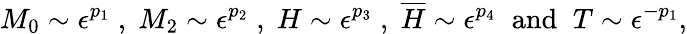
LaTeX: M_{0}\sim\epsilon^{p_{1}}\; ,\; M_{2}\sim\epsilon^{p_{2}}\; ,\; H\sim\epsilon^{p_{3}}\; ,\; \overline{{{H}}}\sim\epsilon^{p_{4}}\; \; \mathrm{and}\; \; T\sim\epsilon^{-p_{1}},